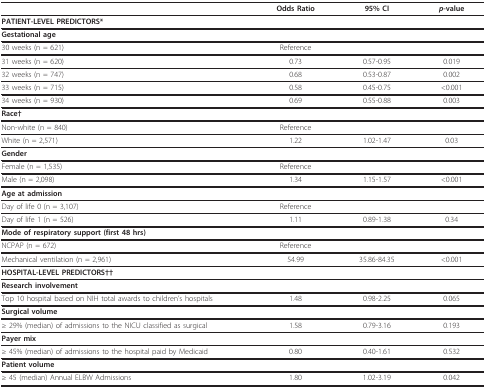
|  | Odds Ratio | 95% CI | p-value |
 | --- | --- | --- | --- |
 | PATIENT-LEVEL PREDICTORS* |  |  |  |
 | Gestational age |  |  |  |
 | 30 weeks (n = 621) | Reference |  |  |
 | 31 weeks (n = 620) | 0.73 | 0.57-0.95 | 0.019 |
 | 32 weeks (n = 747) | 0.68 | 0.53-0.87 | 0.002 |
 | 33 weeks (n = 715) | 0.58 | 0.45-0.75 | <0.001 |
 | 34 weeks (n = 930) | 0.69 | 0.55-0.88 | 0.003 |
 | Race† |  |  |  |
 | Non-white (n = 840) | Reference |  |  |
 | White (n = 2,571) | 1.22 | 1.02-1.47 | 0.03 |
 | Gender |  |  |  |
 | Female (n = 1,535) | Reference |  |  |
 | Male (n = 2,098) | 1.34 | 1.15-1.57 | <0.001 |
 | Age at admission |  |  |  |
 | Day of life 0 (n = 3,107) | Reference |  |  |
 | Day of life 1 (n = 526) | 1.11 | 0.89-1.38 | 0.34 |
 | Mode of respiratory support (first 48 hrs) |  |  |  |
 | NCPAP (n = 672) | Reference |  |  |
 | Mechanical ventilation (n = 2,961) | 54.99 | 35.86-84.35 | <0.001 |
 | HOSPITAL-LEVEL PREDICTORS†† |  |  |  |
 | Research involvement |  |  |  |
 | Top 10 hospital based on NIH total awards to children's hospitals | 1.48 | 0.98-2.25 | 0.065 |
 | Surgical volume |  |  |  |
 | ≥ 29% (median) of admissions to the NICU classified as surgical | 1.58 | 0.79-3.16 | 0.193 |
 | Payer mix |  |  |  |
 | ≥ 45% (median) of admissions to the hospital paid by Medicaid | 0.80 | 0.40-1.61 | 0.532 |
 | Patient volume |  |  |  |
 | ≥ 45 (median) Annual ELBW Admissions | 1.80 | 1.02-3.19 | 0.042 |